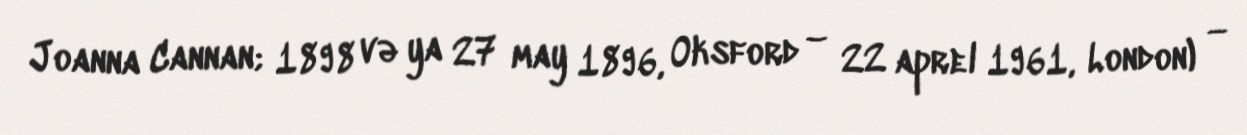
Joanna Cannan; 1898 və ya 27 may 1896, Oksford – 22 aprel 1961, London) —